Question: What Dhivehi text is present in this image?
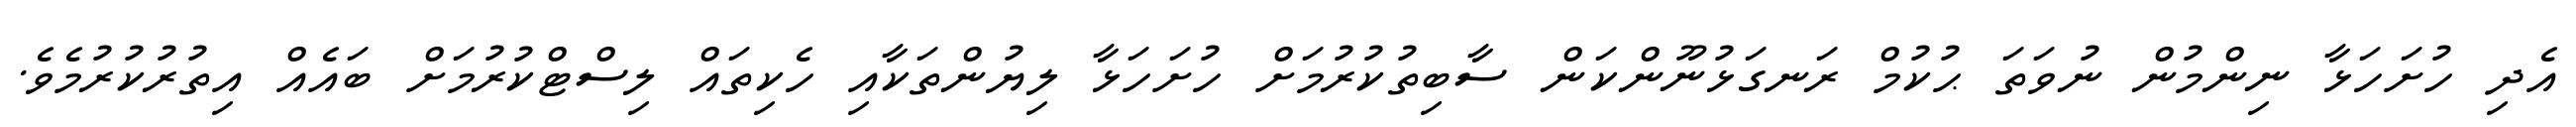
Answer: އެދި ހުށަހަޅާ ނިންމުން ނުވަތަ ޙުކުމް ރަނގަޅުނޫންކަން ސާބިތުކުރުމަށް ހުށަހަޅާ ލިޔުންތަކާއި ހެކިތައް ލިސްޓްކުރުމަށް ބައެއް އިތުރުކުރުމެވެ.